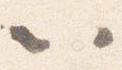
以